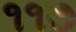
૧૧૭